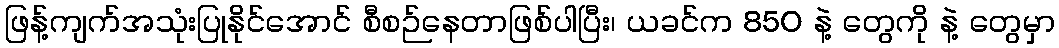
ဖြန့်ကျက်အသုံးပြုနိုင်အောင် စီစဉ်နေတာဖြစ်ပါပြီး၊ ယခင်က 850 နဲ့ တွေကို နဲ့ တွေမှာ